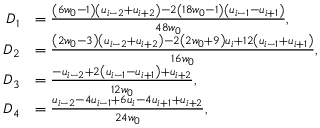
\begin{array} { r l } { D _ { 1 } } & { = \frac { \left( 6 w _ { 0 } - 1 \right) \left( u _ { i - 2 } + u _ { i + 2 } \right) - 2 \left( 1 8 w _ { 0 } - 1 \right) \left( u _ { i - 1 } - u _ { i + 1 } \right) } { 4 8 w _ { 0 } } , } \\ { D _ { 2 } } & { = \frac { \left( 2 w _ { 0 } - 3 \right) \left( u _ { i - 2 } + u _ { i + 2 } \right) - 2 \left( 2 w _ { 0 } + 9 \right) u _ { i } + 1 2 \left( u _ { i - 1 } + u _ { i + 1 } \right) } { 1 6 w _ { 0 } } , } \\ { D _ { 3 } } & { = \frac { - u _ { i - 2 } + 2 \left( u _ { i - 1 } - u _ { i + 1 } \right) + u _ { i + 2 } } { 1 2 w _ { 0 } } , } \\ { D _ { 4 } } & { = \frac { u _ { i - 2 } - 4 u _ { i - 1 } + 6 u _ { i } - 4 u _ { i + 1 } + u _ { i + 2 } } { 2 4 w _ { 0 } } , } \end{array}